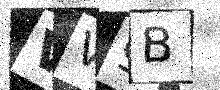
Text: VV9B